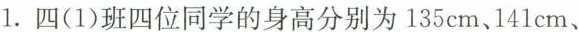
1.四(1)班四位同学的身高分别为135cm、141cm、